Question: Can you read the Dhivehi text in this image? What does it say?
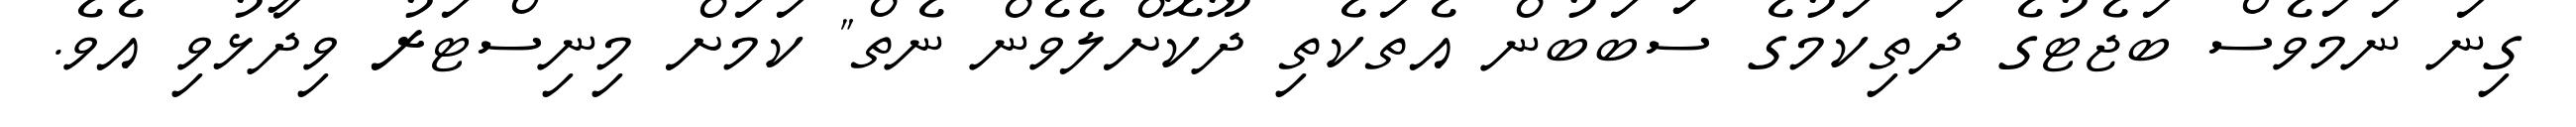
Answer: ގިނަ ނަމަވެސް ބަޖެޓުގެ ދަތިކަމުގެ ސަަބަބުން އެތަކެތި ދޫކޮށްލެވެން ނެތް" ކަމަށް މިނިސްޓަރު ވިދާޅުވި އެވެ.